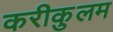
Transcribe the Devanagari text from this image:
करीकुलम